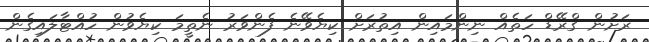
ރަށުން ގްރޭޑް ހަތެއް ނިންމައިން އިތުރަށް ކިޔެވޭނެ ފެންވަރު ނެތީމަ ކިޔެވުން ހުއްޓާލައިގެން